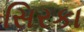
સિરકા